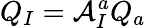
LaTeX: Q_{I}=\mathcal{A}_{I}^{a}Q_{a}